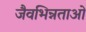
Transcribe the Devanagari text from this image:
जैवभिन्नताओं